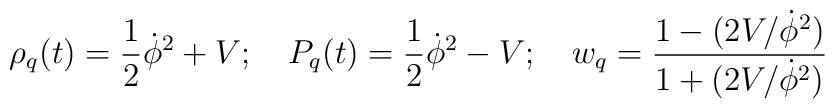
\rho_q(t) = \frac{1}{2} \dot\phi^2 + V; \quad P_q(t) = \frac{1}{2} \dot\phi^2 - V; \quad w_q  = \frac{1-(2V/\dot\phi^2)}{1+ (2V/\dot\phi^2)}